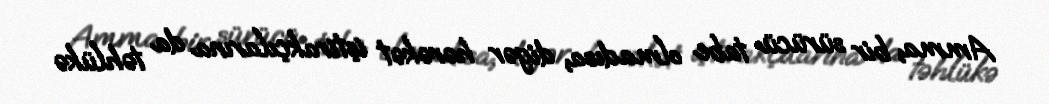
Amma, bir sürücü tabe olmadısa, digər hərəkət iştirakçılarına da təhlükə